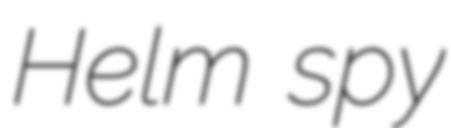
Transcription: Helm spy